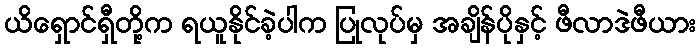
ယိရှောင်ရှီတို့က ရယူနိုင်ခဲ့ပါက ပြုလုပ်မှ အချိန်ပိုနှင့် ဖီလာဒဲဖီယား